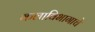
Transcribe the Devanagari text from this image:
कलाविभागाचे